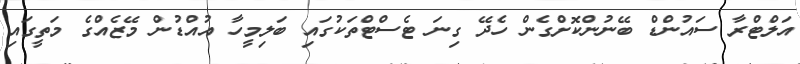
އަލްޓްރާ ސައުންޑް ބޭނުންކޮށްގެން ހެދޭ ގިނަ ޓެސްޓްތަކުގައި ބަލިމީހާ އުއްޑުން މޭޒެއްގެ މަތީގައި